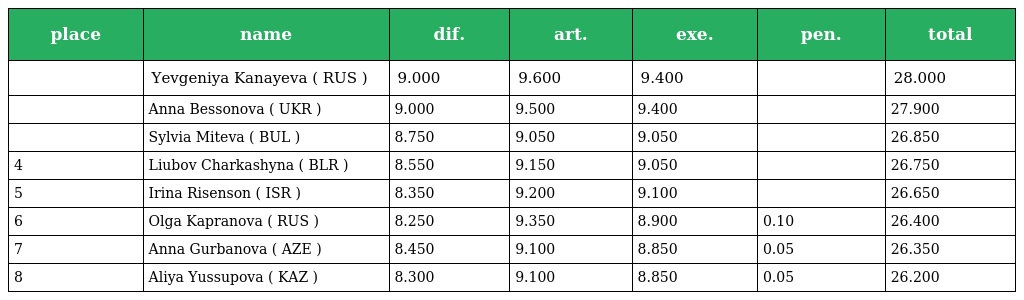
| place | name | dif. | art. | exe. | pen. | total |
 | --- | --- | --- | --- | --- | --- | --- |
 |  | Yevgeniya Kanayeva ( RUS ) | 9.000 | 9.600 | 9.400 |  | 28.000 |
 |  | Anna Bessonova ( UKR ) | 9.000 | 9.500 | 9.400 |  | 27.900 |
 |  | Sylvia Miteva ( BUL ) | 8.750 | 9.050 | 9.050 |  | 26.850 |
 | 4 | Liubov Charkashyna ( BLR ) | 8.550 | 9.150 | 9.050 |  | 26.750 |
 | 5 | Irina Risenson ( ISR ) | 8.350 | 9.200 | 9.100 |  | 26.650 |
 | 6 | Olga Kapranova ( RUS ) | 8.250 | 9.350 | 8.900 | 0.10 | 26.400 |
 | 7 | Anna Gurbanova ( AZE ) | 8.450 | 9.100 | 8.850 | 0.05 | 26.350 |
 | 8 | Aliya Yussupova ( KAZ ) | 8.300 | 9.100 | 8.850 | 0.05 | 26.200 |